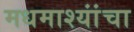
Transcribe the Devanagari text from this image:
मधमाश्यांंचा